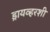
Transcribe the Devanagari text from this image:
ड्रायव्हरशी